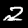
Digit: 2